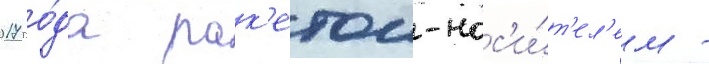
2017 го́да рак'етои-нос'и́т'ел'ем -